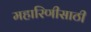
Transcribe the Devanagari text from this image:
महारिणीसाठी